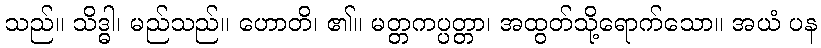
သည်။ သိဒ္ဓါ၊ မည်သည်။ ဟောတိ၊ ၏။ မတ္တကပ္ပတ္တာ၊ အထွတ်သို့ရောက်သော။ အယံ ပန